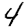
Digit: 4